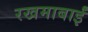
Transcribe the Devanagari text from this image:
रखमाबाईं